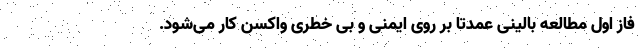
فاز اول مطالعه بالینی عمدتا بر روی ایمنی و بی خطری واکسن کار می‌شود.